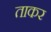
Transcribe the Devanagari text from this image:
ताकर